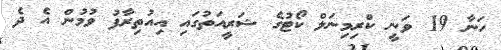
ހަނާ 19 ވަނީ ކްރިމިނަލް ކޯޓުގެ ޝަރީއަތުގައި އިއުތިރާފު ވުމުން އެ ދެ